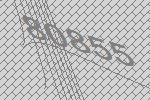
80855